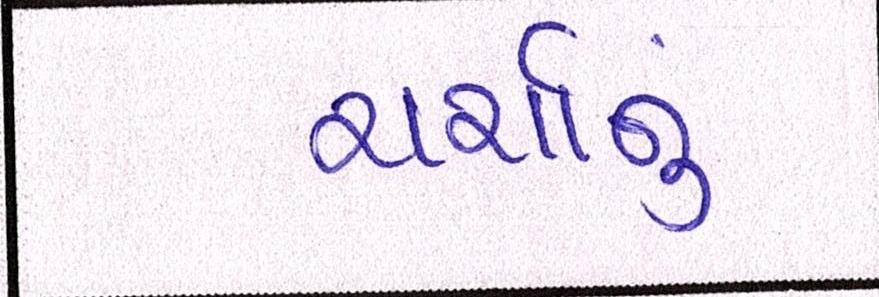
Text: ચર્ચાનું